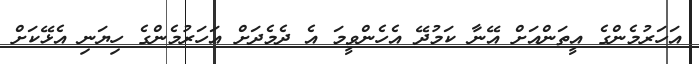
އަހަރުމެންގެ އީތަންއަށް އޭނާ ކަމުދޭ އެހެންވީމަ އެ ދެމެދަށް އަހަރުމެންގެ ހިޔަނި އެޅޭކަށް